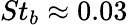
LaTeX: St_{b}\approx 0.03